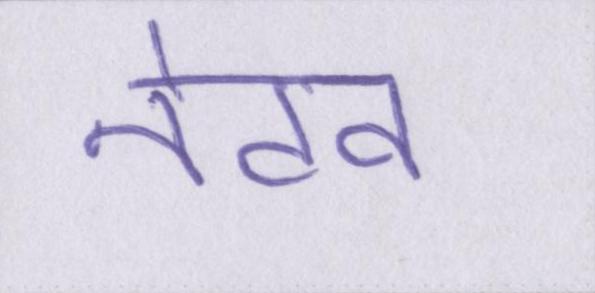
नेटव